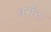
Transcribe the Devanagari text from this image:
बर्गर।